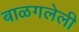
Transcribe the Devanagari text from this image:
बाळगलेली